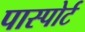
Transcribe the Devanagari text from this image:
पास्पोर्ट